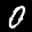
Label: 0